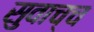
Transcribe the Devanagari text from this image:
सुवाच्च